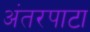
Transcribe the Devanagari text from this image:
अंतरपाटा